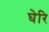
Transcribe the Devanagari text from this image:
घेरि